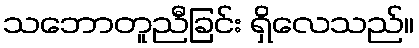
သဘောတူညီခြင်း ရှိလေသည်။